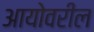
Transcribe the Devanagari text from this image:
आयोवरील